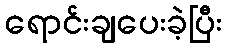
ရောင်းချပေးခဲ့ပြီး